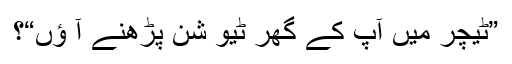
”ٹیچر میں آپ کے گھر ٹیو شن پڑھنے آ ؤں“؟